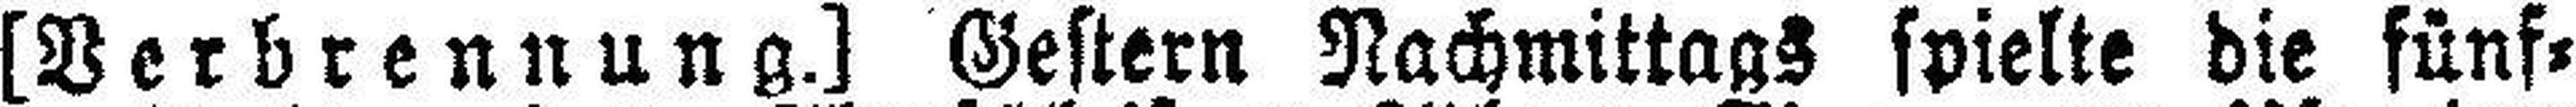
[Verbrennung.] Gestern Nachmittags spielte die fünf¬